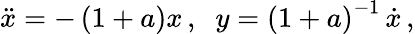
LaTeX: \ddot{x}=-\left(1+a\right)x\, ,\; \; y=\left(1+a\right)^{-1}\, \dot{x}\, ,